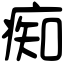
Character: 痴